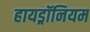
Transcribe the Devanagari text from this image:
हायड्रॉनियम